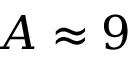
A \approx 9